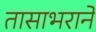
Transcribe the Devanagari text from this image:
तासाभराने